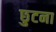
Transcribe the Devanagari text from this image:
छुटना